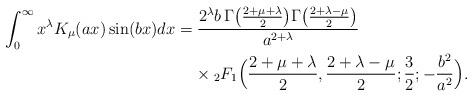
LaTeX: \begin{align*}\int_{0}^{\infty} x^{\lambda}K_{\mu} (ax) \sin(bx) dx & = \frac{{2^{\lambda}b\, \Gamma \big(\frac{2+\mu+\lambda}{2}\big) \Gamma\big(\frac{2+\lambda-\mu}{2}\big)}}{a^{2+\lambda}} \\& \;\;\;\; \times {}_{2}F_{1}\Big(\frac{2+\mu+\lambda}{2}, \frac{2+\lambda-\mu}{2}; \frac{3}{2} ;-\frac{b^2}{a^2}\Big).\end{align*}